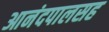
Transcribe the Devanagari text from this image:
आनंदपालसह